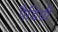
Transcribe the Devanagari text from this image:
पैडिग्री